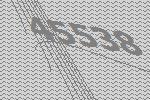
45538